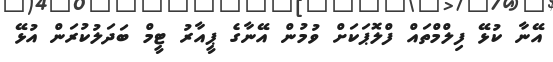
އޭނާ ކުޅޭ ފިލްމްތައް ފްލޮޕަކަށް ވުމުން އޭނާގެ ޕީއާރު ޓީމް ބަދަލުކުރަން އުޅޭ